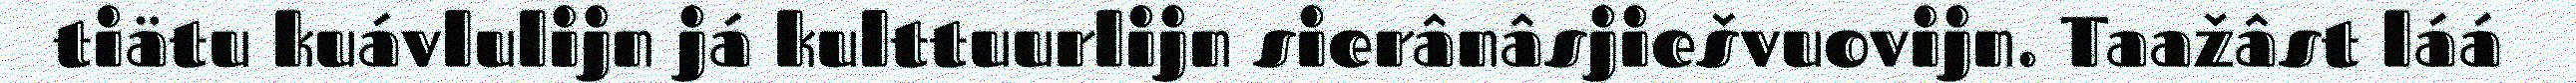
tiätu kuávlulijn já kulttuurlijn sierânâsjiešvuovijn. Taažâst láá